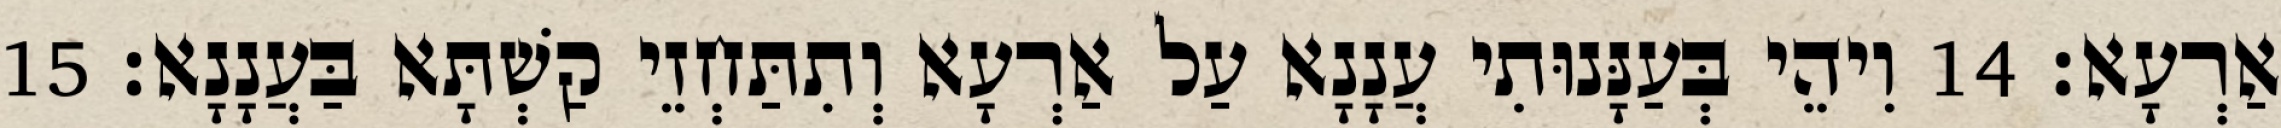
אַרְעָא׃ 14 וִיהֵי בְּעַנָּנוּתִי עֲנָנָא עַל אַרְעָא וְתִתַּחְזֵי קַשְׁתָּא בַּעֲנָנָא׃ 15